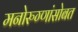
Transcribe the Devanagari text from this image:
मनोरुग्णांसोबत